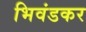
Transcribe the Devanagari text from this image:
भिवंडकर